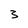
Character: 3